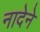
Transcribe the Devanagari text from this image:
नादेने